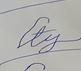
Signature authenticity: forged